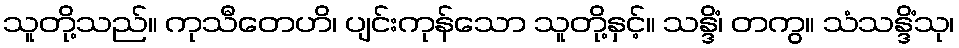
သူတို့သည်။ ကုသီတေဟိ၊ ပျင်းကုန်သော သူတို့နှင့်။ သန္ဒိံ၊ တကွ။ သံသန္ဒိံသု၊